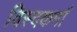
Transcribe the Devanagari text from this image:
विस्वकर्मा